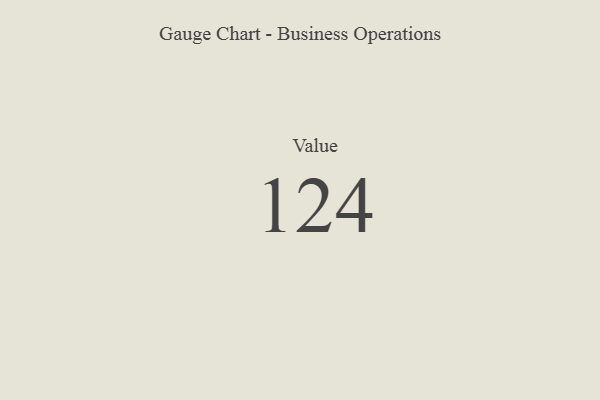
{"axis": {"x": "Metric", "y": "Value"}, "legend": [""], "data": [{"x": "Value", "y": 124, "type": ""}]}